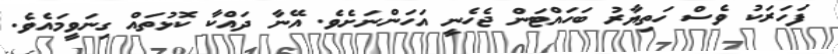
ފަހަރަކު ވެސް ހަތިޔާރު ބަހައްޓަން ޖެހެނީ އަހަންނަށެވެ. އޭނާ ދައްކާ ކޮޅުތައް ގިނަވީމައެވެ.